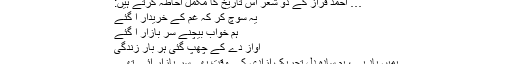
… احمد فرازؔ کے دو شعر اس تاریخ کا مکمل احاطہ کرتے ہیں:
یہ سوچ کر کہ غم کے خریدار آ گئے
ہم خواب بیچنے سرِ بازار آ گئے
آواز دے کے چُھپ گئی ہر بار زندگی
ہمیں یاد ہے، ہم سادہ دل تحریک آزادی کے وقت بھی سرِ بازار آئے تھے۔